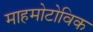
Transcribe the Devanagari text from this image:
माहमोटोविक